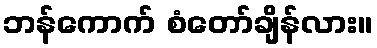
ဘန်ကောက် စံတော်ချိန်လား။